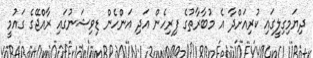
ދިޔަމިގިލީގައި ކުރިއަށްދާ އެ މުބާރާތުގެ ފިރިހެން އަދި އަންހެން ޑިވިޝަނުގައި ރާއްޖޭގެ ގައުމީ